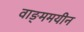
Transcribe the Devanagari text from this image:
वाङ्ममयीन